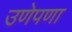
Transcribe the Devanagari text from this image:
उणेपणा